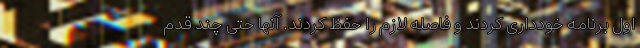
اول برنامه خودداری کردند و فاصله لازم را حفظ کردند. آنها حتی چند قدم